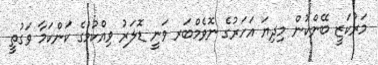
މަރުކަޒީ ބޭންކުން މިދިޔަ އަހަރުގެ ނޮވެމްބަރ ވަނީ ޑޮލަރު ވިއްކުމުގެ ކަންކަމާ ވަގުތީ